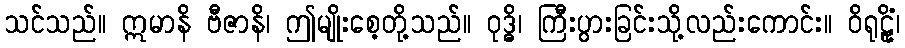
သင်သည်။ ဣမာနိ ဗီဇာနိ၊ ဤမျိုးစေ့တို့သည်။ ဝုဒ္ဓိ၊ ကြီးပွားခြင်းသို့လည်းကောင်း။ ဝိရုဠိုံ၊